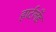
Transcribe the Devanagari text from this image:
हार्टलॅंड